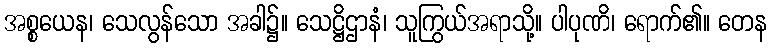
အစ္စယေန၊ သေလွန်သော အခါ၌။ သေဋ္ဌိဌာနံ၊ သူကြွယ်အရာသို့။ ပါပုဏိ၊ ရောက်၏။ တေန